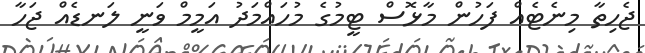
ޖެހިތާ މިނެޓެއް ފަހުން މާޅޮސް ޓީމުގެ މުހައްމަދު އަމީމް ވަނީ ލަނޑެއް ޖަހާ